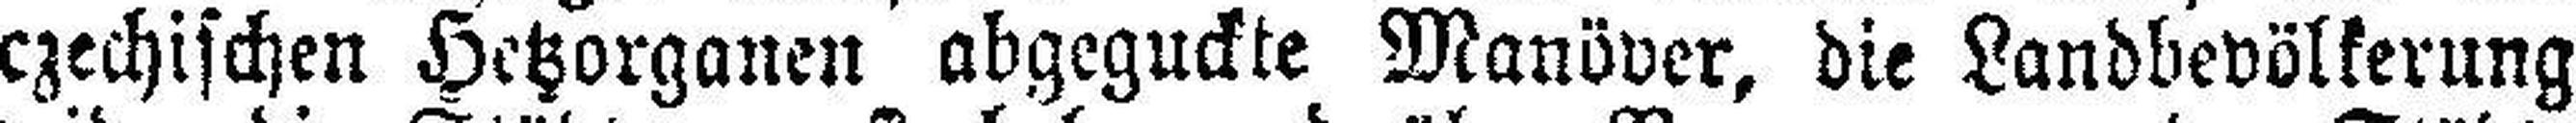
czechischen Hetzorganen abgeguckte Manöver, die Landbevölkerung